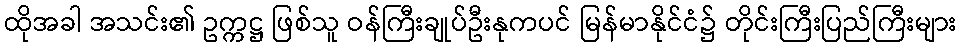
ထိုအခါ အသင်း၏ ဥက္ကဋ္ဌ ဖြစ်သူ ဝန်ကြီးချုပ်ဦးနုကပင် မြန်မာနိုင်ငံ၌ တိုင်းကြီးပြည်ကြီးများ